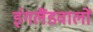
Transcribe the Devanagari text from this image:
इंगलैंडवालों